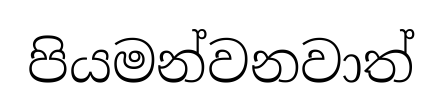
පියමන්වනවාත්